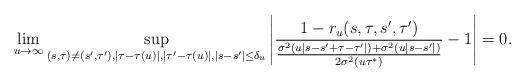
LaTeX: \begin{align*}\lim_{u\to\infty}\sup_{(s,\tau)\neq (s',\tau'),|\tau-\tau(u)|, |\tau'-\tau(u)|, |s-s'|\leq \delta_u }\left|\frac{1-r_u(s,\tau, s',\tau')}{\frac{\sigma^2(u|s-s'+\tau-\tau'|)+\sigma^2(u|s-s'|)}{2\sigma^2(u\tau^*)}}-1\right|=0.\end{align*}